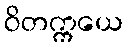
ဝိတက္ကယေ